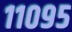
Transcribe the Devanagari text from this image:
११०९५